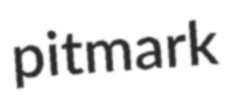
pitmark